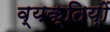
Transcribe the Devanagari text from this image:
व्यक्तिय़ों